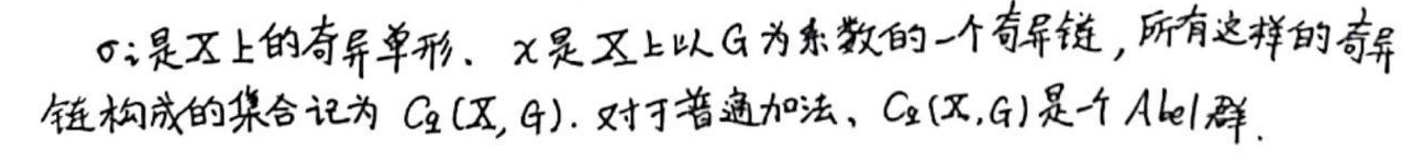
$\sigma_i$是$X$上的奇异单形. $x$是$X$上以$G$为系数的一个奇异链, 所有这样的奇异链构成的集合记为$C_q(X,G)$. 对于普通加法, $C_q(X,G)$是一个Abel群.